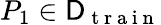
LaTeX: P_{1}\in\mathsf{D}_{\mathrm{~t~r~a~i~n~}}